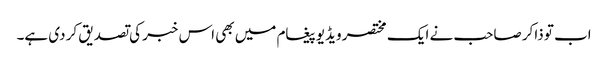
اب تو ذاکر صاحب نے ایک مختصر ویڈیو پیغام میں بھی اس خبر کی تصدیق کر دی ہے۔